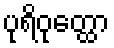
ပုရိဝုတ္ထော